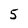
Character: 5